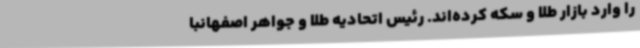
را وارد بازار طلا و سکه کرده‌اند. رئیس اتحادیه طلا و جواهر اصفهانبا